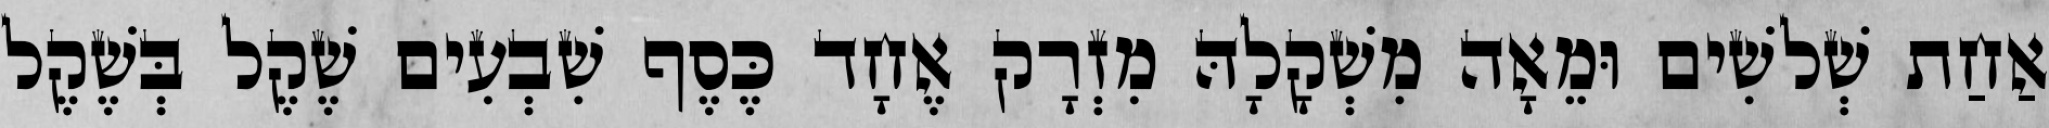
אַחַת שְׁלשִׁים וּמֵאָה מִשְׁקָלָהּ מִזְרָק אֶחָד כֶּסֶף שִׁבְעִים שֶׁקֶל בְּשֶׁקֶל